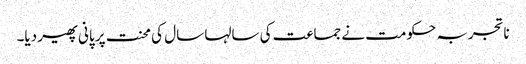
ناتجربہ حکومت نے جماعت کی سالہا سال کی محنت پر پانی پھیر دیا۔